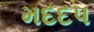
મદદપ